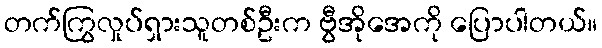
တက်ကြွလှုပ်ရှားသူတစ်ဦးက ဗွီအိုအေကို ပြောပါတယ်။